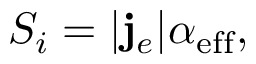
S _ { i } = | { \bf j } _ { e } | \alpha _ { \mathrm { e f f } } ,